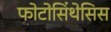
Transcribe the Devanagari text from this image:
फोटोसिंथेसिस